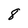
Character: 8